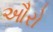
ઔરો